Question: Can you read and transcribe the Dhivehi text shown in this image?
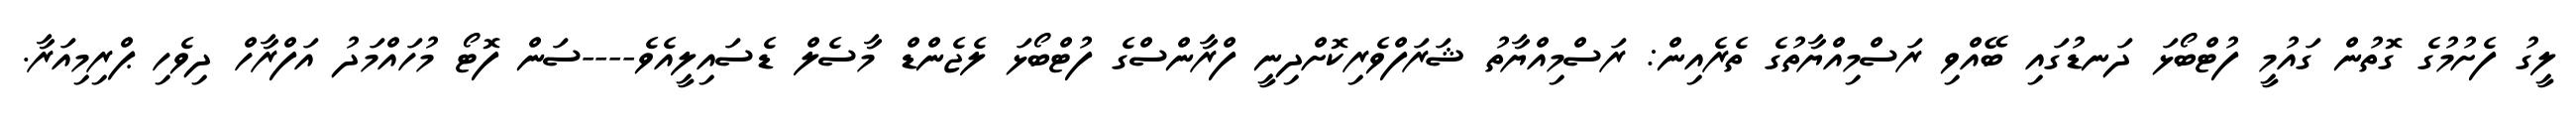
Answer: ލީގު ފެށުމުގެ ގޮތުން ގައުމީ ފުޓްބޯޅަ ދަނޑުގައި ބޭއްވި ރަސްމިއްޔާތުގެ ތެރެއިން: ރަސްމިއްޔާތު ޝަރަފްވެރިކޮށްދިނީ ފްރާންސްގެ ފުޓްބޯޅަ ލެޖެންޑް މާސެލް ޑެސައިލީއެވެ----ސަން ފޮޓޯ މުހައްމަދު އަފްރާހް ދިވެހި ޕްރިމިއަރާ.